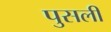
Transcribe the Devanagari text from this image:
पुसली